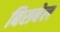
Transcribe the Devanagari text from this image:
बिसबेल